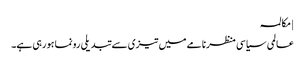
| مکالمہ
عالمی سیاسی منظرنامے میں تیزی سے تبدیلی رونما ہو رہی ہے۔